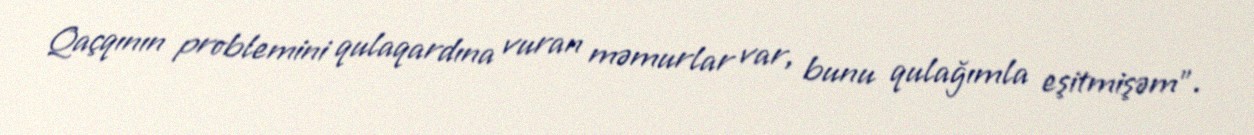
Qaçqının problemini qulaqardına vuran məmurlar var, bunu qulağımla eşitmişəm".